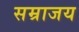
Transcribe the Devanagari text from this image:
सम्राजय